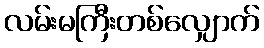
လမ်းမကြီးတစ်လျှောက်